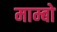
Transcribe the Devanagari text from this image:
माम्बो